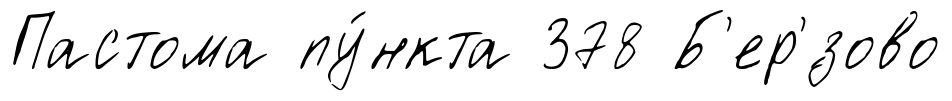
Пастома пу́нкта 378 Б'ер'́зово